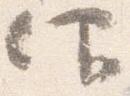
仰